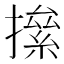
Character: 𢴱